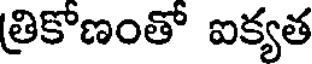
తికోణంతో ఐక్యత